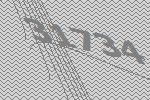
31734